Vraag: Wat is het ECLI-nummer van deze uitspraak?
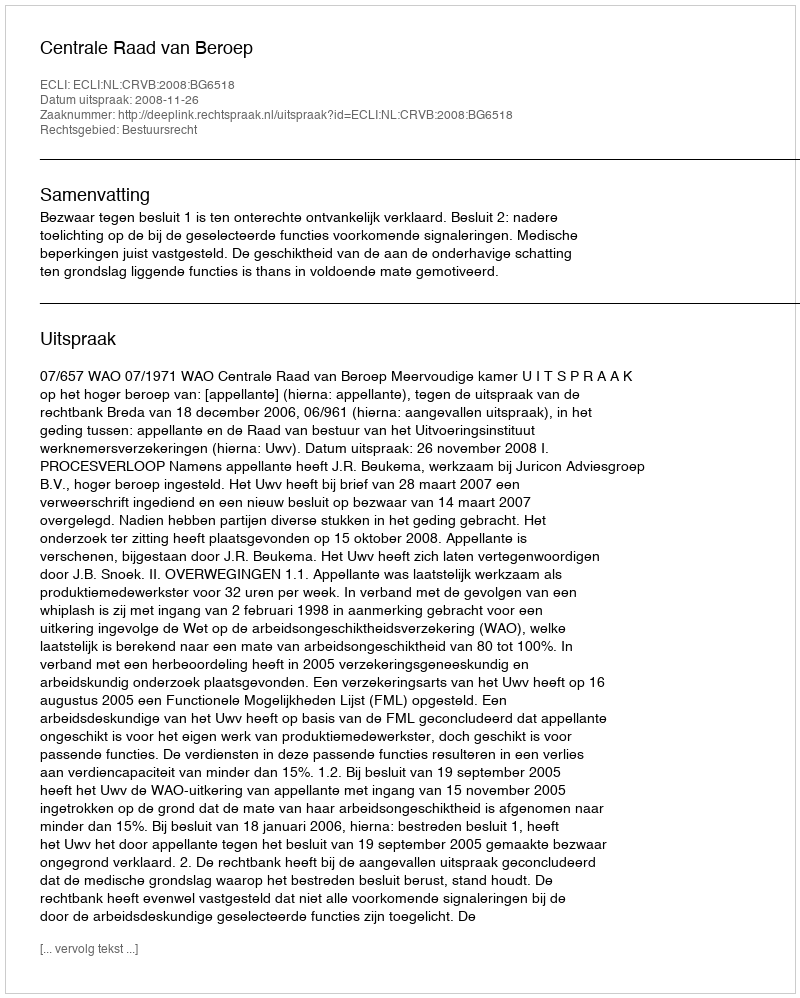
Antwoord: ECLI:NL:CRVB:2008:BG6518